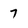
Character: 7